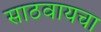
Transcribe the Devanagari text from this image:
साठवायचा